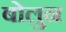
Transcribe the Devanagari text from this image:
बोलुन